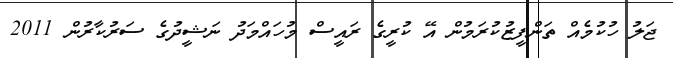
ޖަލު ހުކުމެއް ތަންފީޒުކުރަމުން އޭ ކުރީގެ ރައީސް މުހައްމަދު ނަޝީދުގެ ސަރުކާރުން 2011